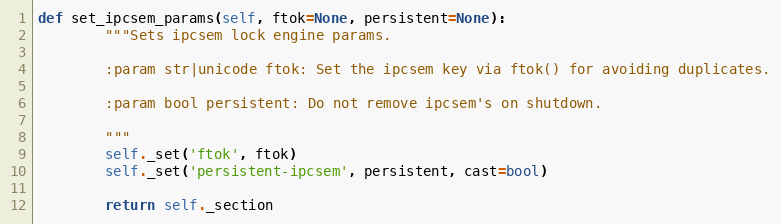
Language: Python
def set_ipcsem_params(self, ftok=None, persistent=None):
        """Sets ipcsem lock engine params.

        :param str|unicode ftok: Set the ipcsem key via ftok() for avoiding duplicates.

        :param bool persistent: Do not remove ipcsem's on shutdown.

        """
        self._set('ftok', ftok)
        self._set('persistent-ipcsem', persistent, cast=bool)

        return self._section